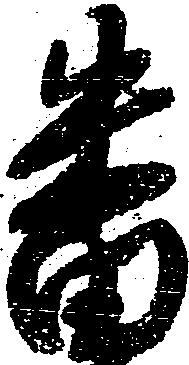
番